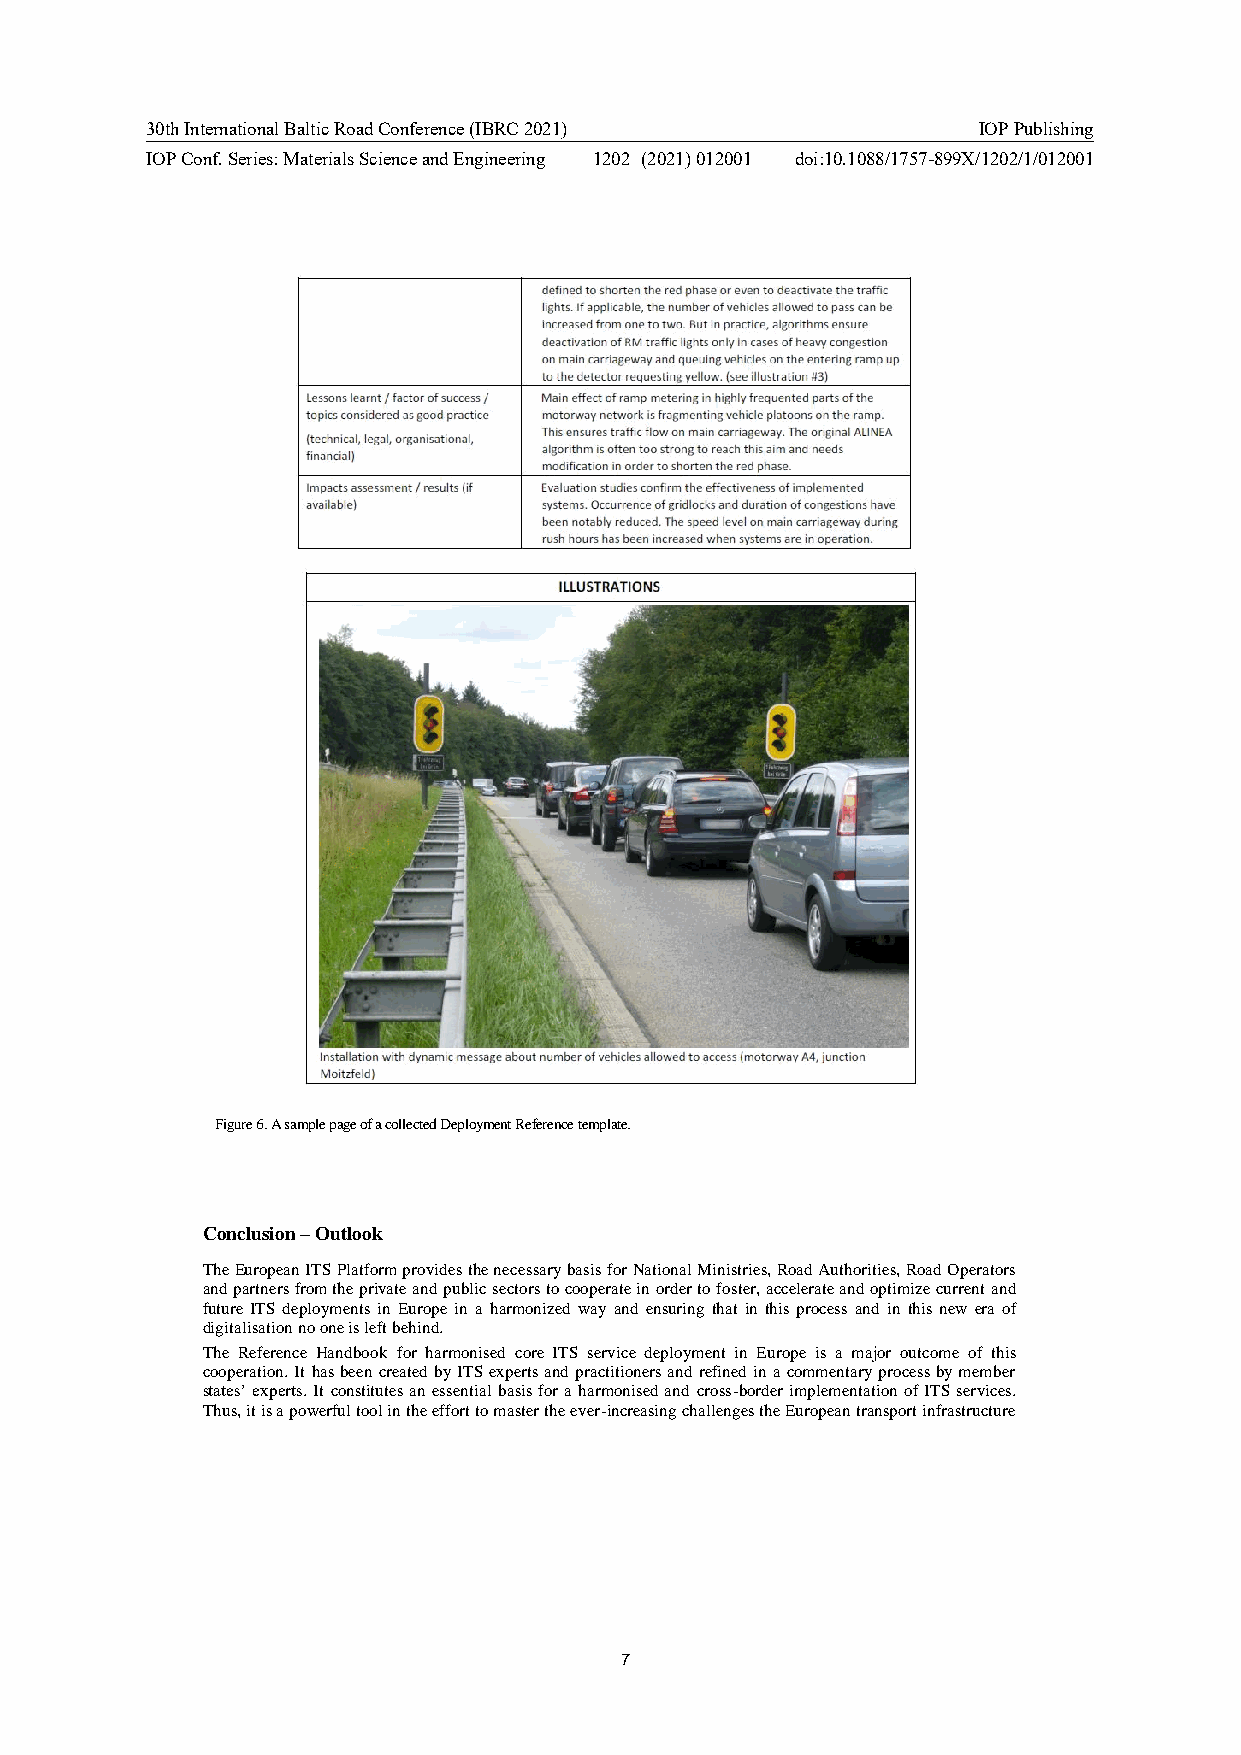
30th International Baltic Road Conference (IBRC 2021)  IOP Publishing
 IOP Conf. Series: Materials Science and Engineering 1202 (2021) 012001 doi:10.1088/1757-899X/1202/1/012001
 Figure 6. A sample page of a collected Deployment Reference template.
 Conclusion – Outlook
 The European ITS Platform provides the necessary basis for National Ministries, Road Authorities, Road Operators
 and partners from the private and public sectors to cooperate in order to foster, accelerate and optimize current and
 future ITS deployments in Europe in a harmonized way and ensuring that in this process and in this new era of
 digitalisation no one is left behind.
 The Reference Handbook for harmonised core ITS service deployment in Europe is a major outcome of this
 cooperation. It has been created by ITS experts and practitioners and refined in a commentary process by member
 states’ experts. It constitutes an essential basis for a harmonised and cross-border implementation of ITS services.
 Thus, it is a powerful tool in the effort to master the ever-increasing challenges the European transport infrastructure
 7